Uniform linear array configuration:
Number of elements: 32
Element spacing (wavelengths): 0.75
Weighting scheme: blackman
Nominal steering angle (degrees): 30
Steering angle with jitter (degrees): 28.694
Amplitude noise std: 0.05
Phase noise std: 0.05

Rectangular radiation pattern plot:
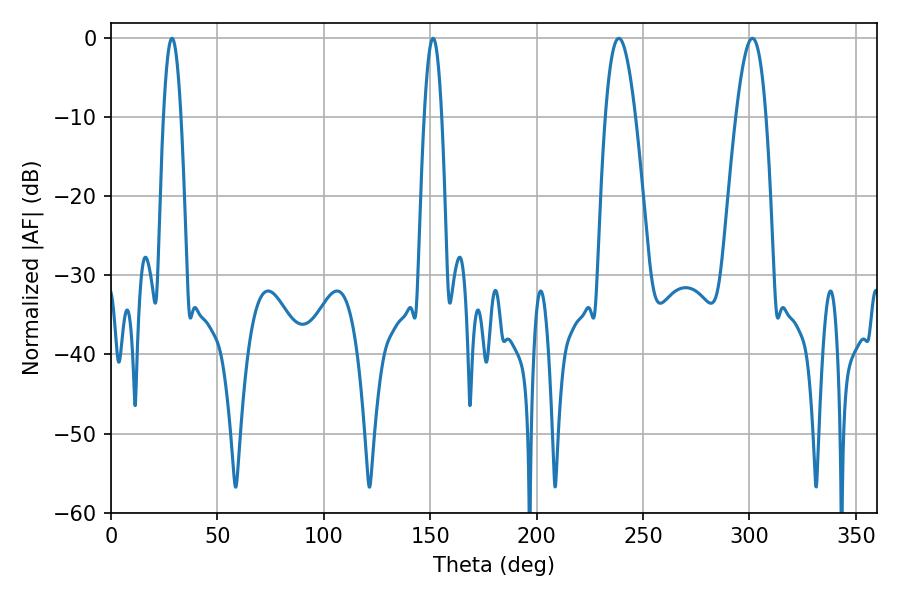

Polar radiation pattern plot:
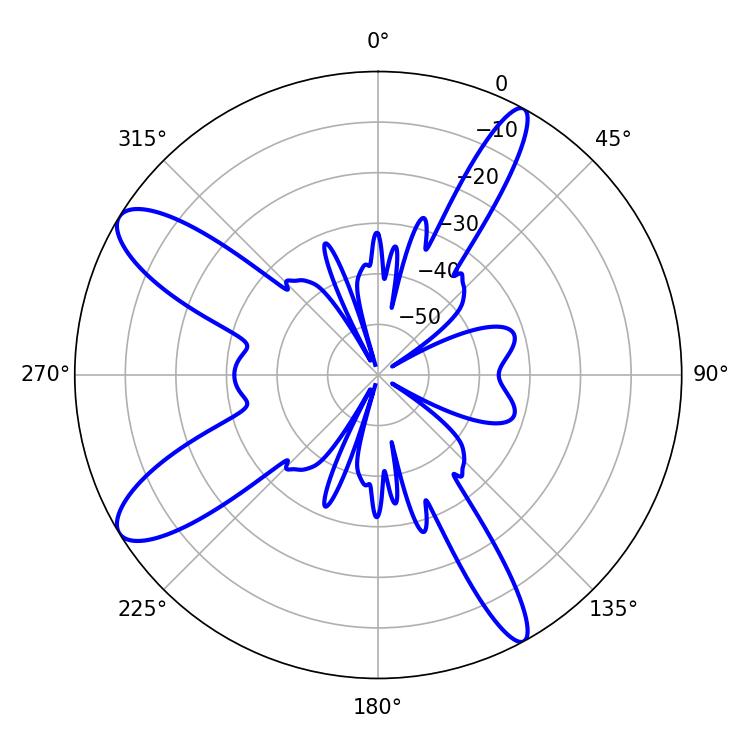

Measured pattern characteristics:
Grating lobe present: TRUE
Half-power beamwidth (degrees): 7.56
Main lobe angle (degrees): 301.32